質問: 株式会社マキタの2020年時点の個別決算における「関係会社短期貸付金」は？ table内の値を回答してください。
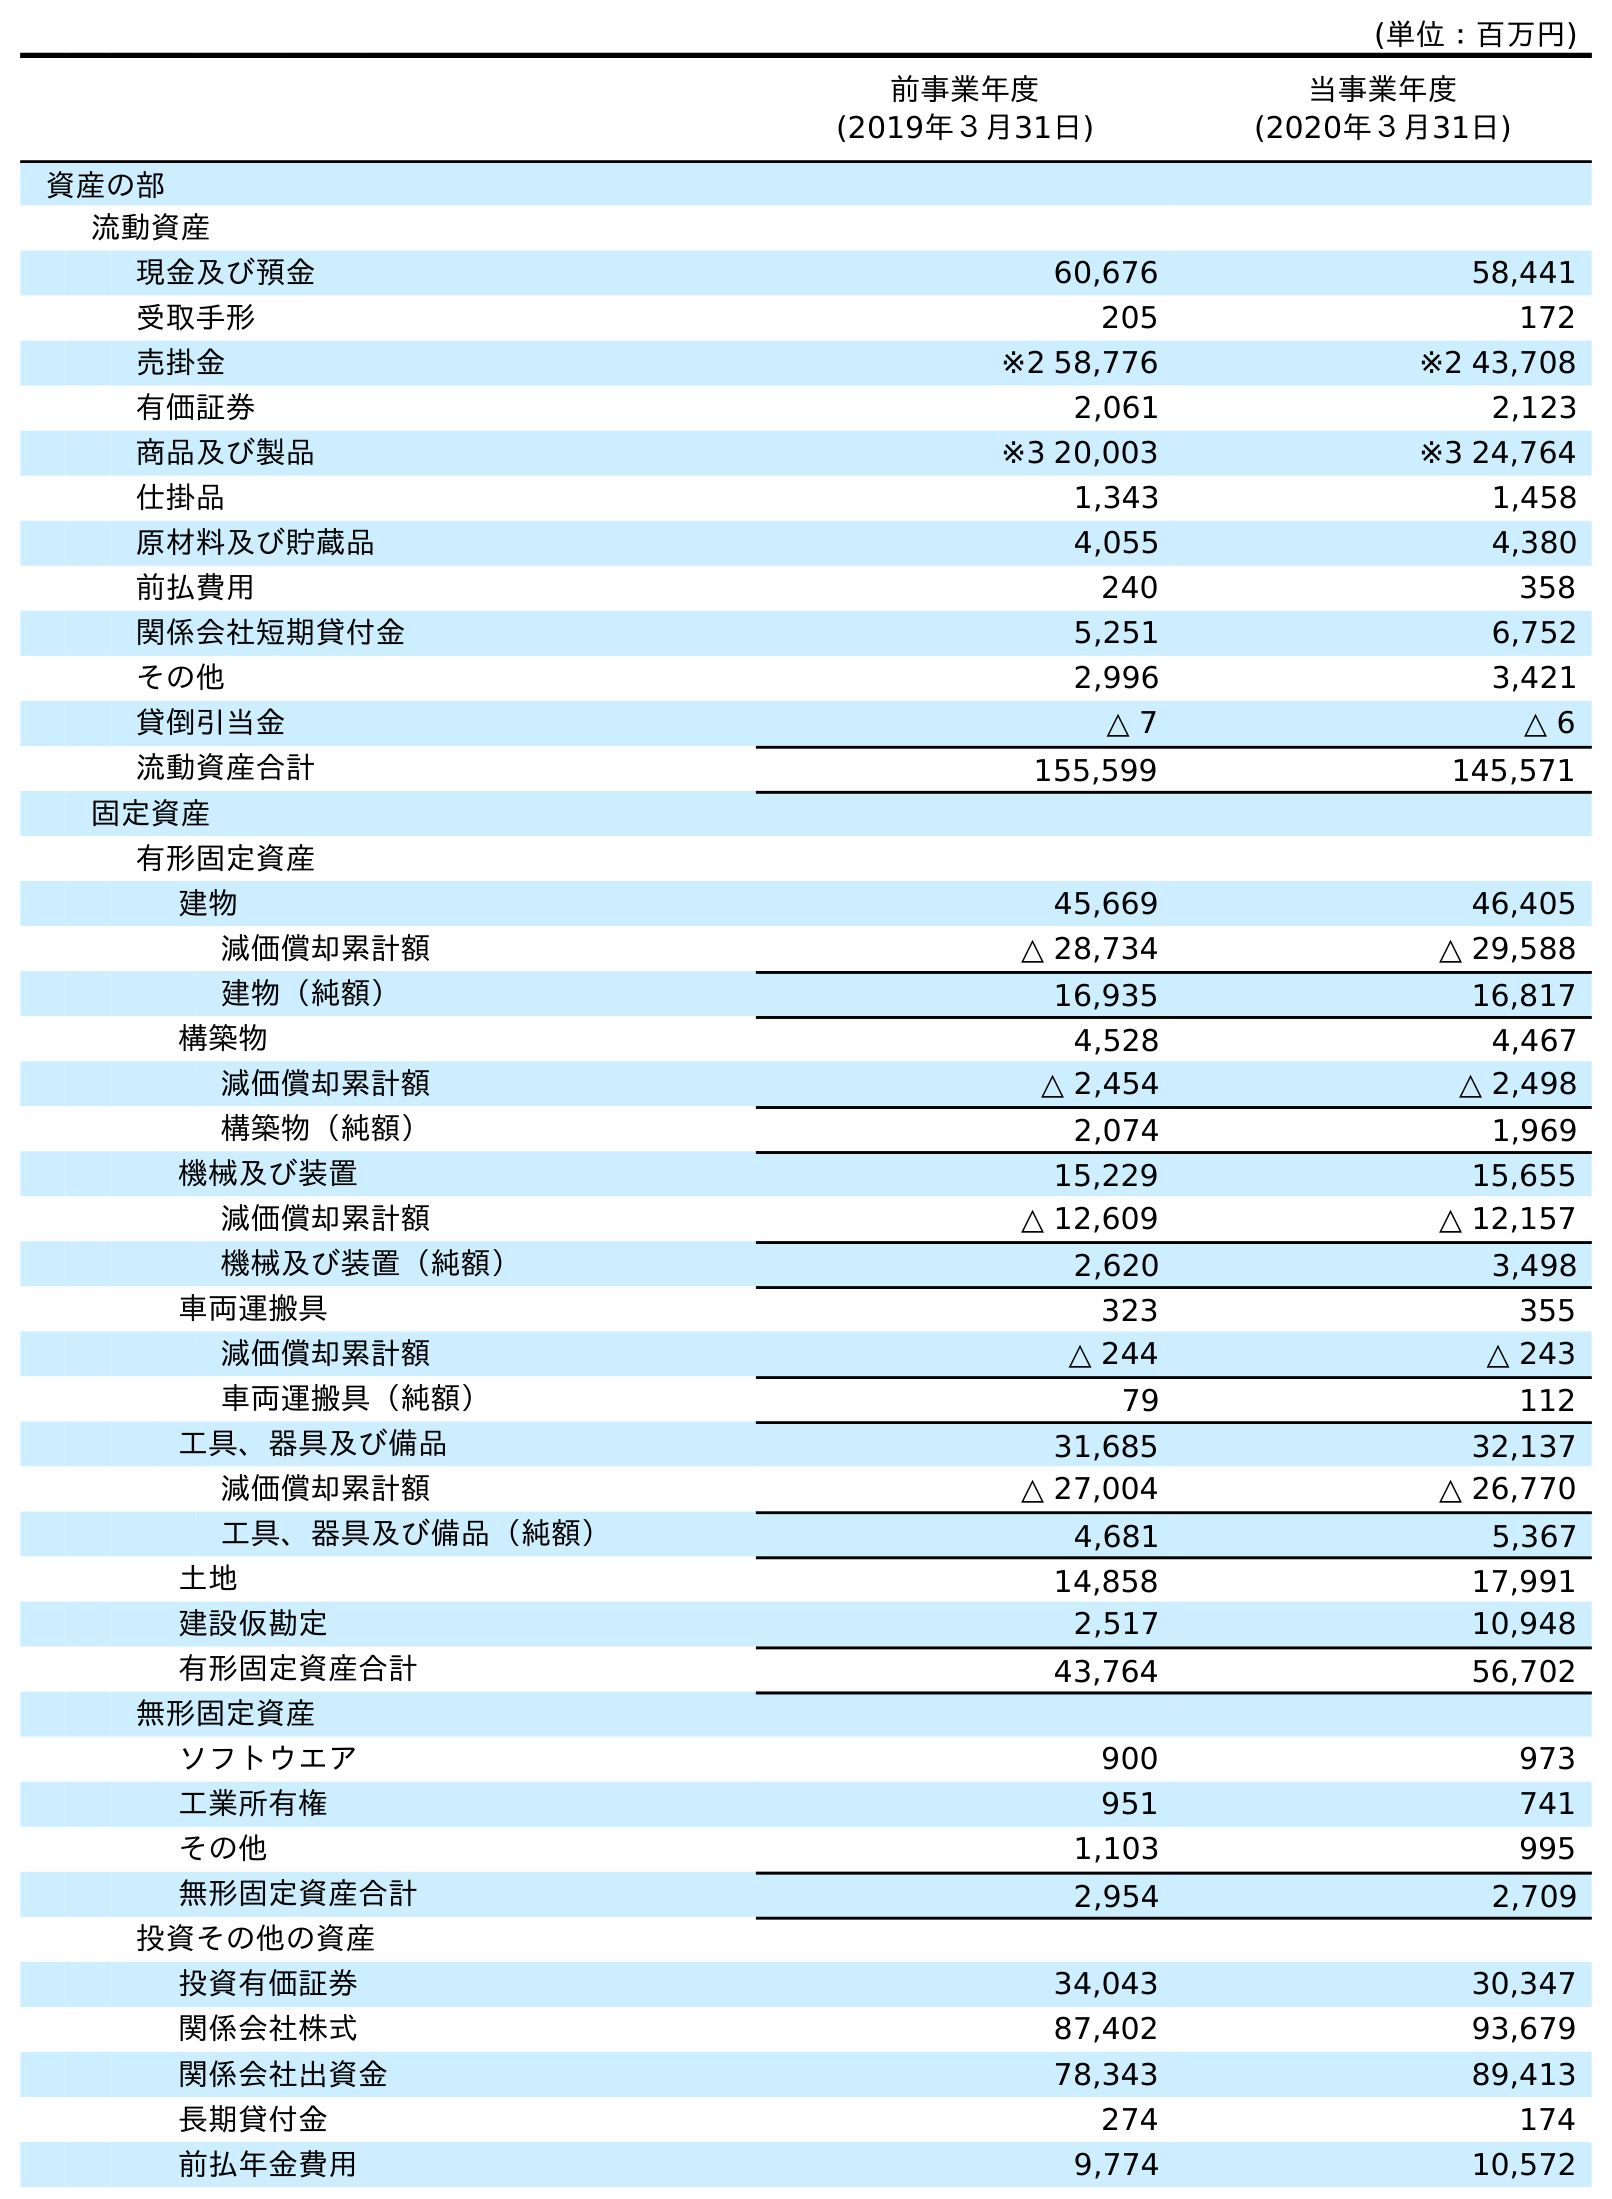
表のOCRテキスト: (単位：百万円) 前事業年度 (2019年３月31日) 当事業年度 (2020年３月31日) 資産の部 流動資産 現金及び預金 60,676 58,441 受取手形 205 172 売掛金 ※2 58,776 ※2 43,708 有価証券 2,061 2,123 商品及び製品 ※3 20,003 ※3 24,764 仕掛品 1,343 1,458 原材料及び貯蔵品 4,055 4,380 前払費用 240 358 関係会社短期貸付金 5,251 6,752 その他 2,996 3,421 貸倒引当金 △ 7 △ 6 流動資産合計 155,599 145,571 固定資産 有形固定資産 建物 45,669 46,405 減価償却累計額 △ 28,734 △ 29,588 建物（純額） 16,935 16,817 構築物 4,528 4,467 減価償却累計額 △ 2,454 △ 2,498 構築物（純額） 2,074 1,969 機械及び装置 15,229 15,655 減価償却累計額 △ 12,609 △ 12,157 機械及び装置（純額） 2,620 3,498 車両運搬具 323 355 減価償却累計額 △ 244 △ 243 車両運搬具（純額） 79 112 工具、器具及び備品 31,685 32,137 減価償却累計額 △ 27,004 △ 26,770 工具、器具及び備品（純額） 4,681 5,367 土地 14,858 17,991 建設仮勘定 2,517 10,948 有形固定資産合計 43,764 56,702 無形固定資産 ソフトウエア 900 973 工業所有権 951 741 その他 1,103 995 無形固定資産合計 2,954 2,709 投資その他の資産 投資有価証券 34,043 30,347 関係会社株式 87,402 93,679 関係会社出資金 78,343 89,413 長期貸付金 274 174 前払年金費用 9,774 10,572
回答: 6,752